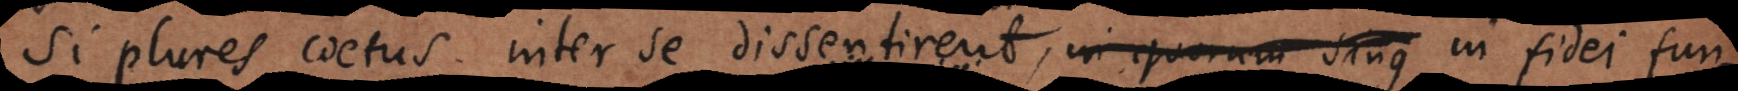
Si plures coetus inter se dissentirent, in quorum sing fidei fu